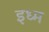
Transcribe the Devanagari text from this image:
इध्म